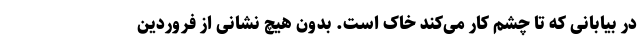
در بیابانی که تا چشم کار می‌کند خاک است. بدون هیچ نشانی از فروردین